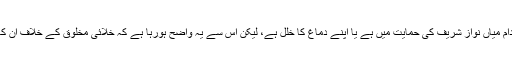
معلوم نہیں ان کا یہ اقدام میاں نواز شریف کی حمایت میں ہے یا اپنے دماغ کا خلل ہے، لیکن اس سے یہ واضح ہورہا ہے کہ خلائی مخلوق کے خلاف ان کا واویلا بلا سبب نہیں۔